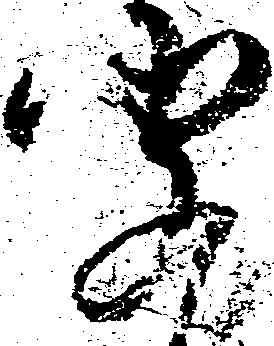
聞